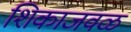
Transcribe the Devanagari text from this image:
शिकाजवळ